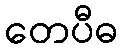
တေပီဓ